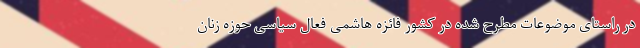
در راستای موضوعات مطرح شده در کشور فائزه ‌هاشمی فعال سیاسی حوزه زنان